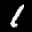
Label: 1